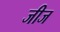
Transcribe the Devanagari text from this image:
जीज